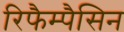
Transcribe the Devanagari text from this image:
रिफैम्पैसिन